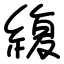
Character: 緮